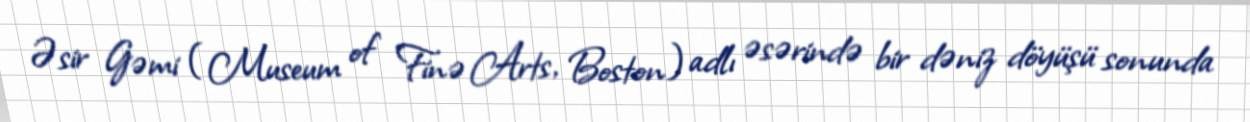
Əsir Gəmi (Museum of Finə Arts, Boston) adlı əsərində bir dəniz döyüşü sonunda